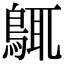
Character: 䳖